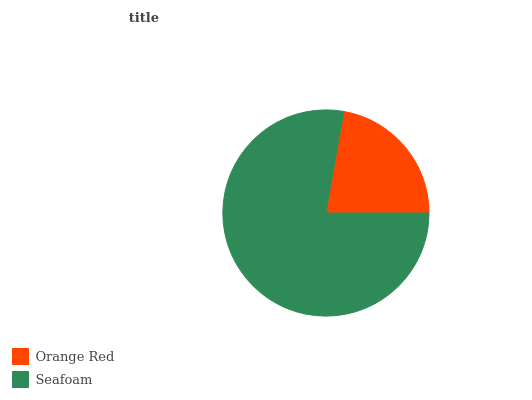
| Orange Red | Seafoam |
 | --- | --- |
 | 22.3% | 77.7% |